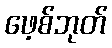
ဖေ့စ်ဘုတ်